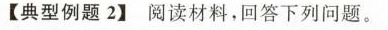
【典型例题2】 阅读材料，回答下列问题。